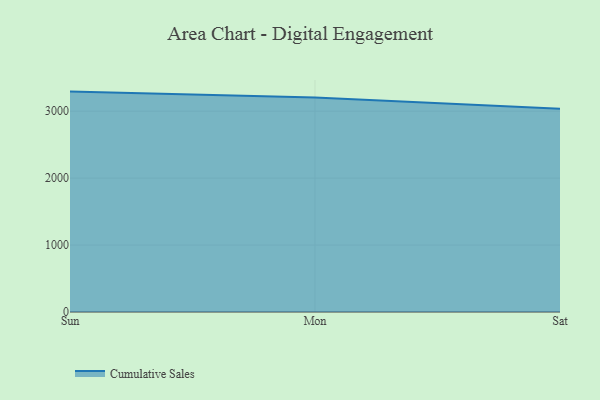
{"axis": {"x": "Day", "y": "Churn Rate (%)"}, "legend": ["Cumulative Sales"], "data": [{"x": "Sun", "y": 3292.8, "type": "Cumulative Sales"}, {"x": "Mon", "y": 3206.3, "type": "Cumulative Sales"}, {"x": "Sat", "y": 3035.4, "type": "Cumulative Sales"}]}